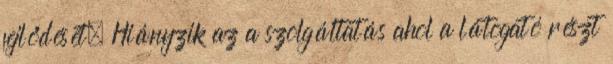
fejlődését. Hiányzik az a szolgáltatás ahol a látogató részt